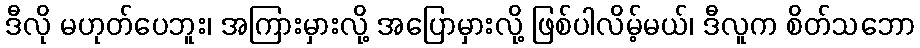
ဒီလို မဟုတ်ပေဘူး၊ အကြားမှားလို့ အပြောမှားလို့ ဖြစ်ပါလိမ့်မယ်၊ ဒီလူက စိတ်သဘော